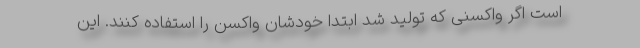
است اگر واکسنی که تولید شد ابتدا خودشان واکسن را استفاده کنند. این